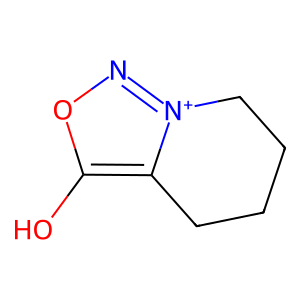
SMILES: Oc1on[n+]2c1CCCC2
Inhibits HIV replication: No